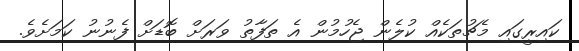
ކައިރީގައި މެޗުތަކެއް ކުލެން ޖެހުމުން އެ ތަފާތު ވަރަށް ބޮޑަށް ފެނުނު ކަމަށެވެ.